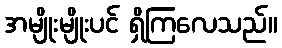
အမျိုးမျိုးပင် ရှိကြလေသည်။